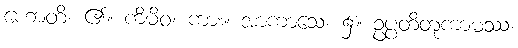
ဟောတိ၊ ၏။ ကိမိဝ၊ ကား။ အာကာသေ၊ ၌။ ဥပ္ပတိတုကာမဿ၊